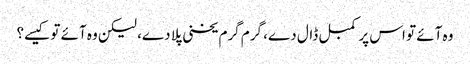
وہ آئے تو اس پر کمبل ڈال دے، گرم گرم یخنی پلا دے، لیکن وہ آئے تو کیسے؟